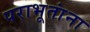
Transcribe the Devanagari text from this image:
पराभूतांना